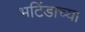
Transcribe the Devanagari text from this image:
भटिंडाच्या